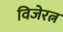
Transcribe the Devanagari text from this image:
विजेरत्न